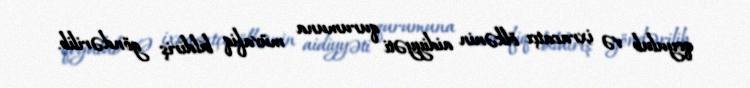
qoyulub və ixracatçı ölkənin aidiyyəti qurumuna müvafiq bildiriş göndərilib.